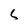
Character: c